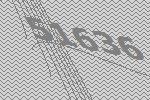
51636